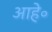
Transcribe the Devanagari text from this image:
आहे॰